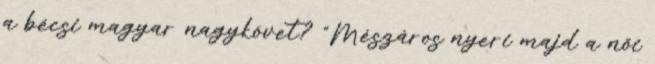
a bécsi magyar nagykövet? "Mészáros nyeri majd a női